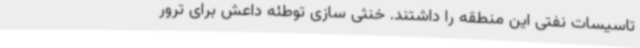
تاسیسات نفتی این منطقه را داشتند. خنثی سازی توطئه داعش برای ترور